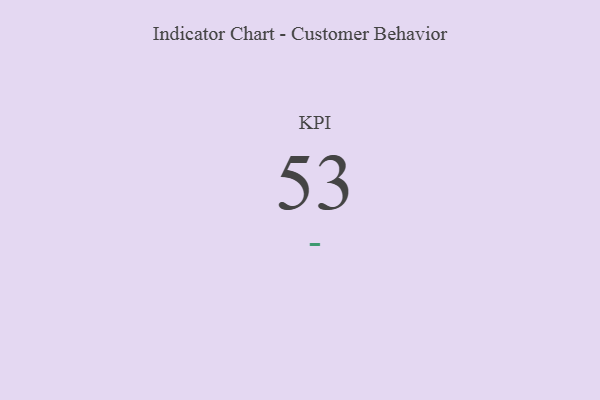
{"axis": {"x": "KPI", "y": "Value"}, "legend": [""], "data": [{"x": "KPI", "y": 53, "type": ""}]}